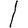
Digit: 1